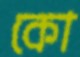
কো